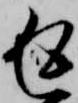
返